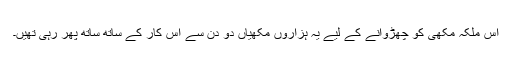
اس ملکہ مکھی کو چھڑوانے کے لیے یہ ہزاروں مکھیاں دو دن سے اس کار کے ساتھ ساتھ پھر رہی تھیں۔